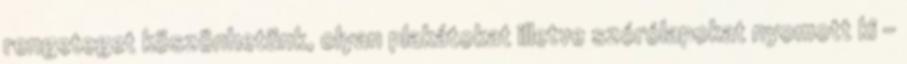
rengeteget köszönhetünk, olyan plakátokat illetve szórólapokat nyomott ki -